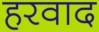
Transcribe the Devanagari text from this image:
हरवाद